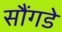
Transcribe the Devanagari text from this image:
सौंगडे